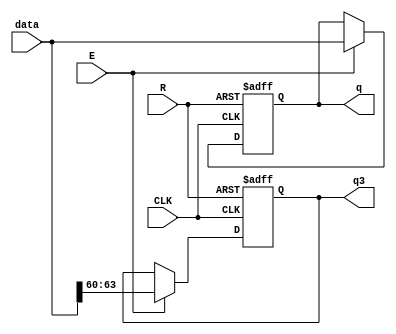
module REG_FPGA
#(parameter N = 64)
(
	CLK,
	R,
	E,
	data,
	q,
	q3
);

//clock, reset, habilitaao
input wire CLK, R, E;
input wire [N-1:0] data;
output reg [N-1:0] q; 
output reg [3:0] q3;

always@(posedge CLK or posedge R)
begin
	if (R == 1'b1) //1 ou 0?
		begin
		q <= 4'b0000;
		q3 <= 4'b0000;
		end
	else
		if (E == 1'b1)
			begin
			q <= data;
			q3 <= data[N-1:N-4];
			end
		else 
			begin
		   q <= q;
			q3 <= q3;
			end
end

endmodule